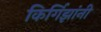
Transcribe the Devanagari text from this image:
किर्गिझांनी